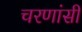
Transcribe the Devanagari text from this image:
चरणांसी